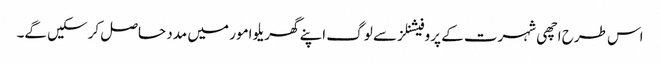
اس طرح اچھی شہرت کے پروفیشنلز سے لوگ اپنے گھریلو امور میں مدد حاصل کرسکیں گے۔